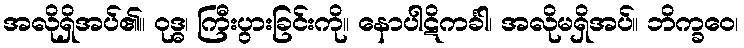
အလိုရှိအပ်၏။ ဝုဒ္ဓ၊ ကြီးပွားခြင်းကို။ နောပါဋိကင်္ခါ၊ အလိုမရှိအပ်။ ဘိက္ခဝေ၊